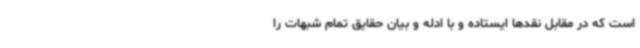
است که در مقابل نقدها ایستاده و با ادله و بیان حقایق تمام شبهات را